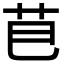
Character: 𮎣